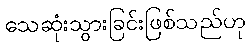
သေဆုံးသွားခြင်းဖြစ်သည်ဟု